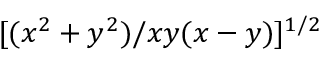
[ ( x ^ { 2 } + y ^ { 2 } ) / x y ( x - y ) ] ^ { 1 / 2 }